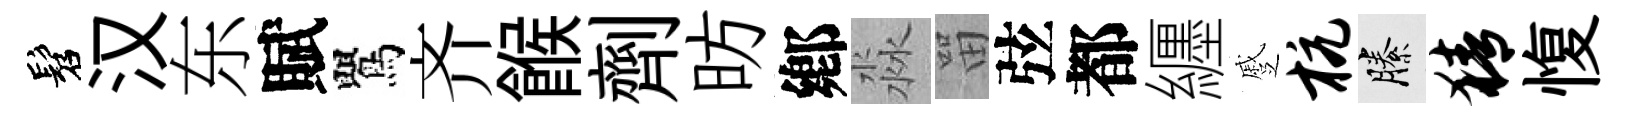
髫汉东賦鸎齐餱劑昉鄕淼㽞弦都纒蹙杭縢猜愎